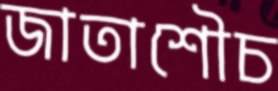
জাতাশৌচ